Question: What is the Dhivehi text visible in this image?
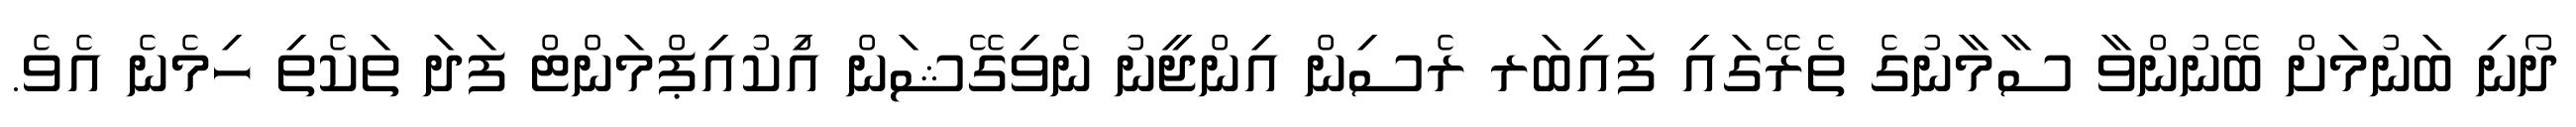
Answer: ދޯނި ބަނުމަށް ބޭނުންވާ ސާމާނުގެ ތެރޭގައި ފައިބަރ ރެސިން އިންޖީނު ނެވިގޭޝަން އިުކުއިޕްމަންޓް ފަދަ ތަކެތި ހިމެނެ އެވެ.